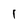
Character: 1